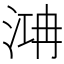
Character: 㴂